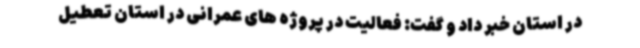
در استان خبر داد و گفت: فعالیت در پروژه های عمرانی در استان تعطیل